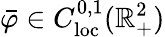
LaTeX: \bar{\varphi}\in C_{\mathrm{loc}}^{0,1}(\mathbb{R}_{+}^{2})